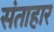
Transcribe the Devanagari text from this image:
संताहार